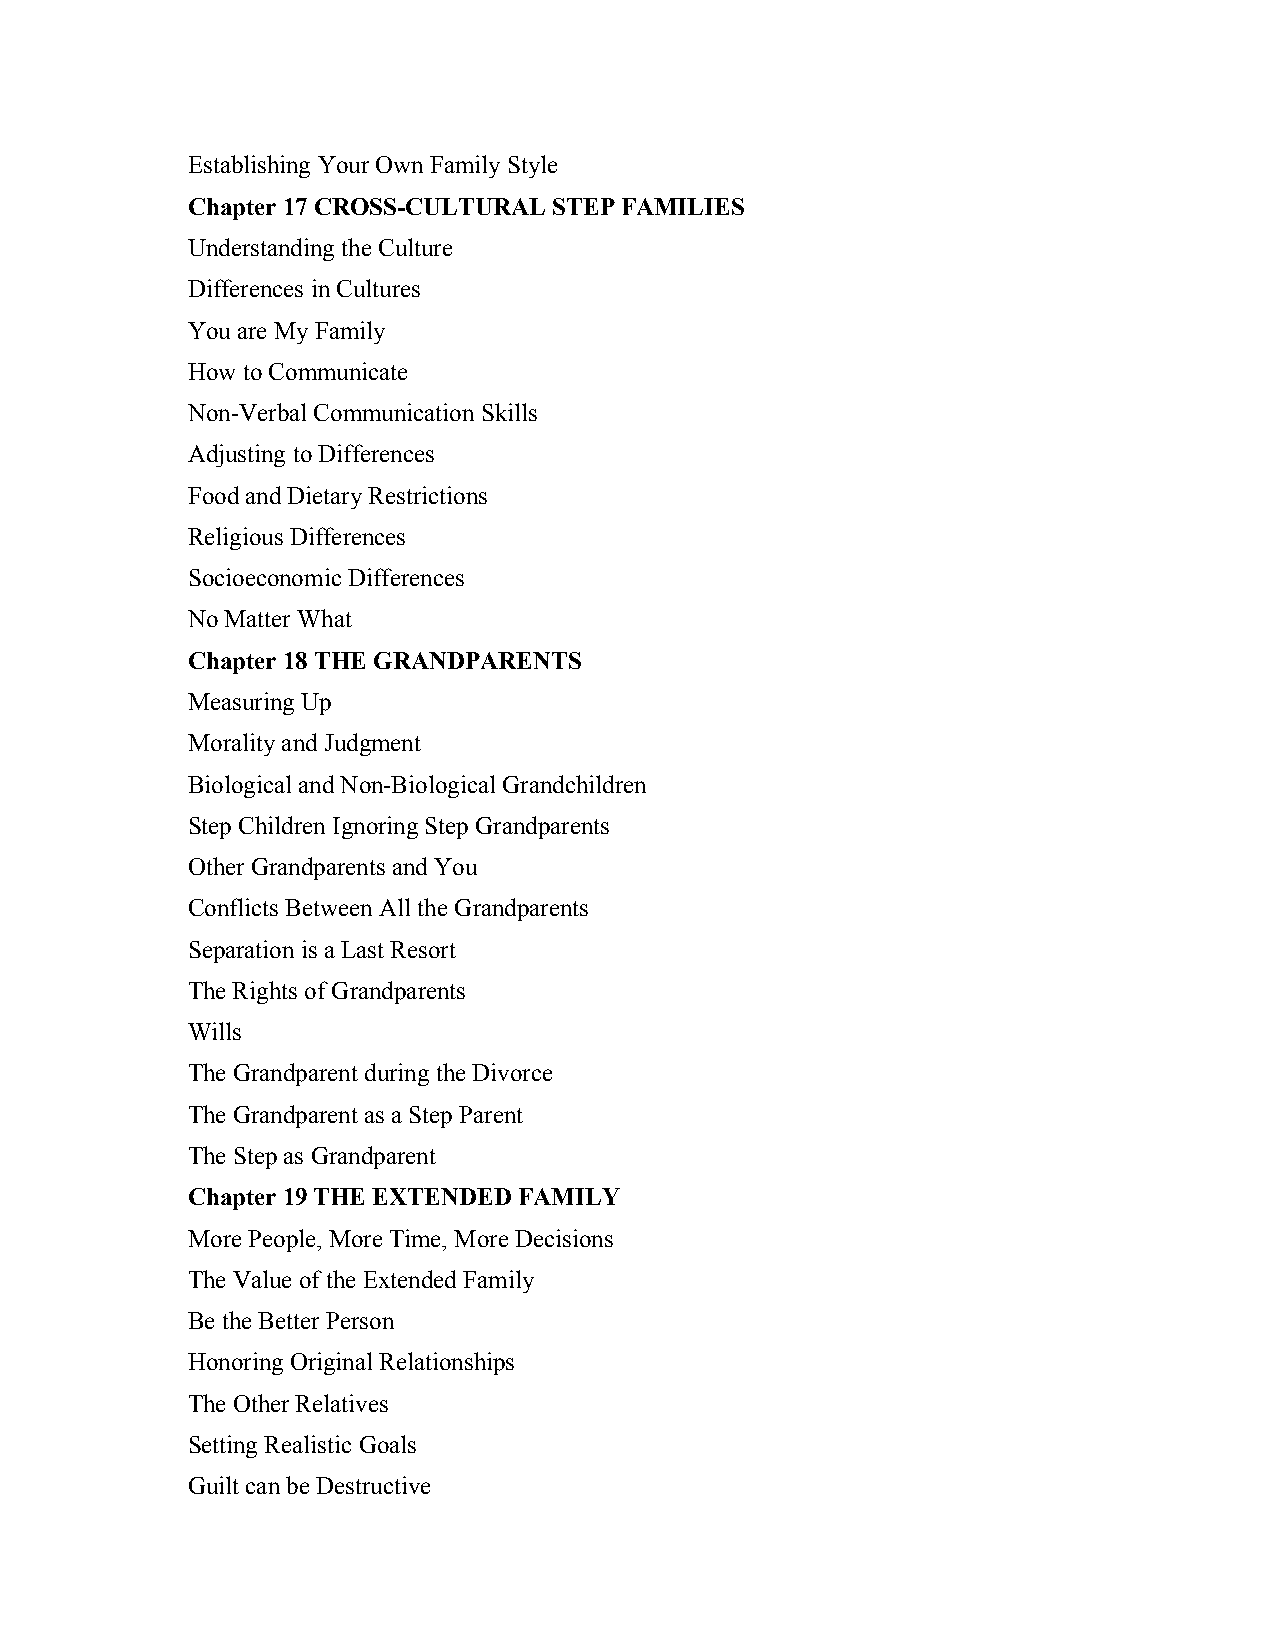
Establishing Your Own Family Style
 Chapter 17 CROSS-CULTURAL STEP FAMILIES
 Understanding the Culture
 Differences in Cultures
 You are My Family
 How to Communicate
 Non-Verbal Communication Skills
 Adjusting to Differences
 Food and Dietary Restrictions
 Religious Differences
 Socioeconomic Differences
 No Matter What
 Chapter 18 THE GRANDPARENTS
 Measuring Up
 Morality and Judgment
 Biological and Non-Biological Grandchildren
 Step Children Ignoring Step Grandparents
 Other Grandparents and You
 Conflicts Between All the Grandparents
 Separation is a Last Resort
 The Rights of Grandparents
 Wills
 The Grandparent during the Divorce
 The Grandparent as a Step Parent
 The Step as Grandparent
 Chapter 19 THE EXTENDED FAMILY
 More People, More Time, More Decisions
 The Value of the Extended Family
 Be the Better Person
 Honoring Original Relationships
 The Other Relatives
 Setting Realistic Goals
 Guilt can be Destructive